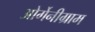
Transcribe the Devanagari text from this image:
ओर्गेनीग्राम